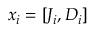
x _ { i } = [ J _ { i } , D _ { i } ]